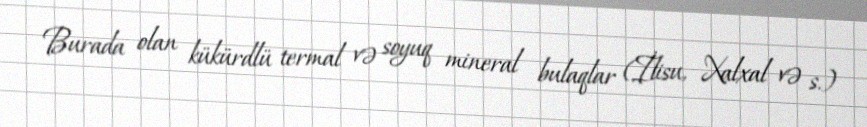
Burada olan kükürdlü termal və soyuq mineral bulaqlar (İlisu, Xalxal və s.)